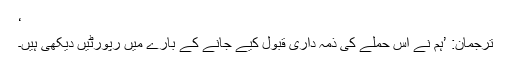
‘
ترجمان: ’ہم نے اِس حملے کی ذمہ داری قبول کیے جانے کے بارے میں رپورٹیں دیکھی ہیں۔